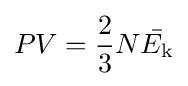
PV={\frac {2}{3}}N{\bar {E_{\rm {k}}}}